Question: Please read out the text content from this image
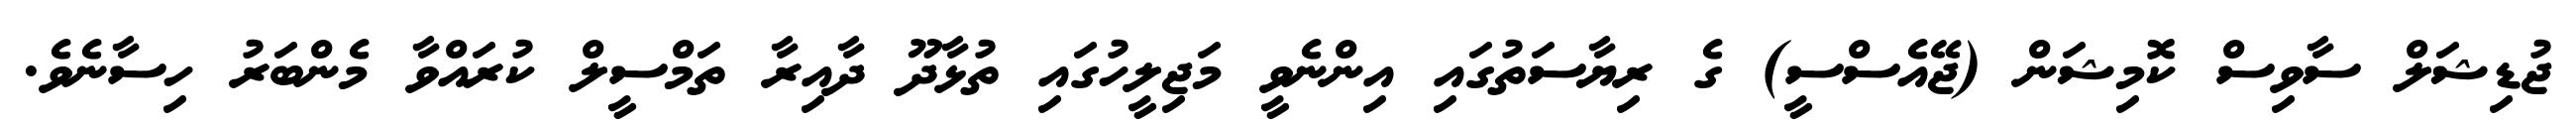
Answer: ޖުޑިޝަލް ސާވިސް ކޮމިޝަން (ޖޭއެސްސީ) ގެ ރިޔާސަތުގައި އިންނެވީ މަޖިލީހުގައި ތުޅާދޫ ދާއިރާ ތަމްސީލް ކުރައްވާ މެންބަރު ހިސާނެވެ.